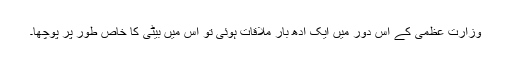
وزارت عظمیٰ کے اس دور میں ایک آدھ بار ملاقات ہوئی تو اس میں بیٹی کا خاص طور پر پوچھا۔